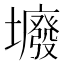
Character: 𡓊